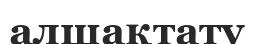
алшақтату